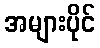
အများပိုင်